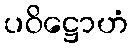
ပဝိဋ္ဌောဟံ